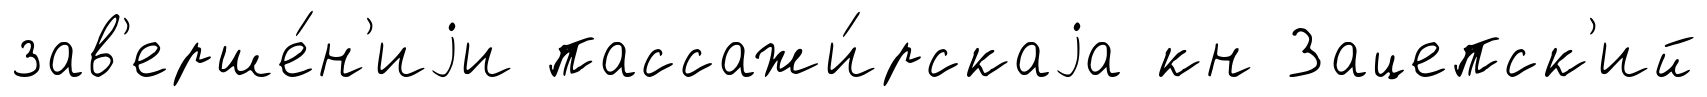
зав'ерше́н'иjи пассажи́рскаjа кн Зацепск'ий